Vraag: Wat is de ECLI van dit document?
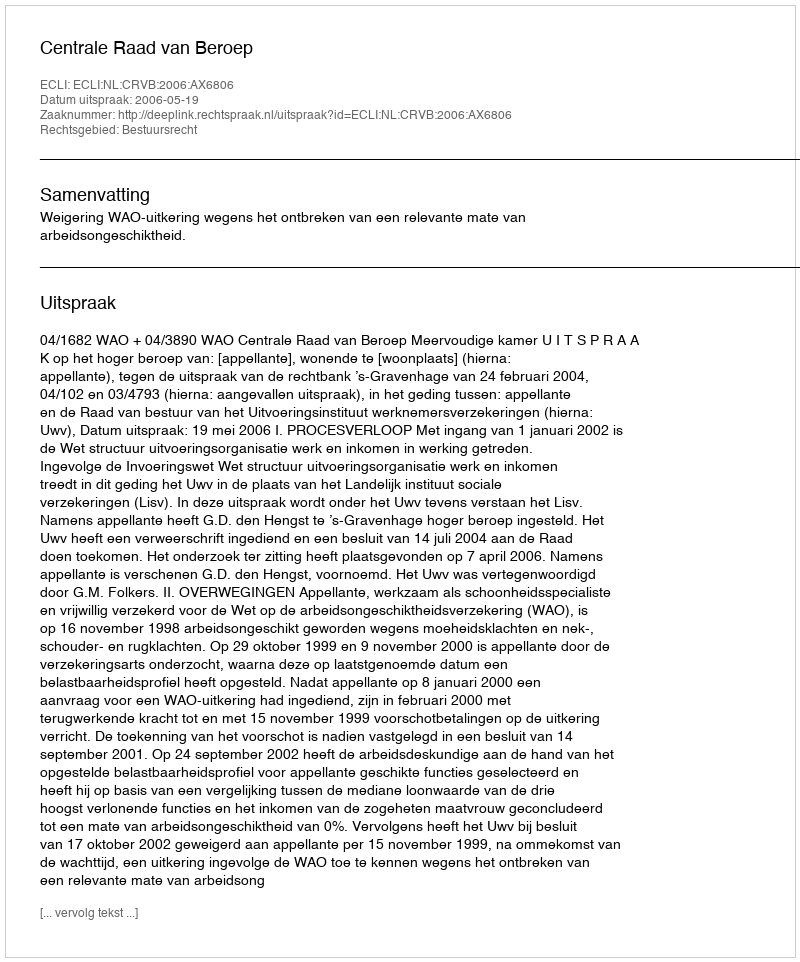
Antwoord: ECLI:NL:CRVB:2006:AX6806